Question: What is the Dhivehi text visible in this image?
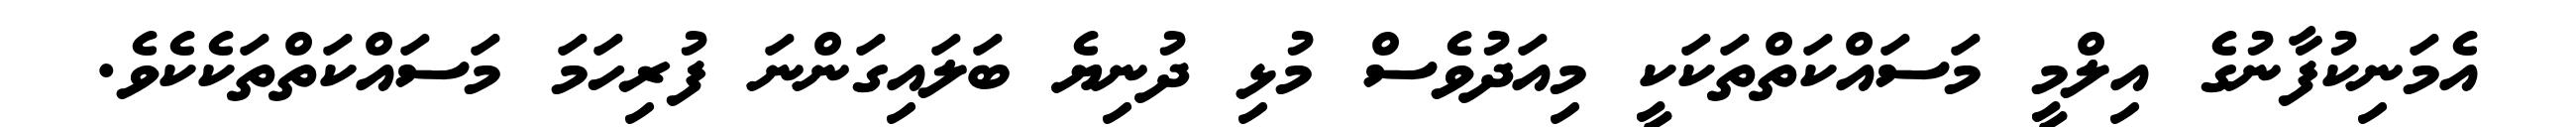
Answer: އެމަނިކުފާނުގެ އިލްމީ މަސައްކަތްތަކަކީ މިއަދުވެސް މުޅި ދުނިޔެ ބަލައިގަންނަ ފުރިހަމަ މަސައްކަތްތަކެކެވެ.